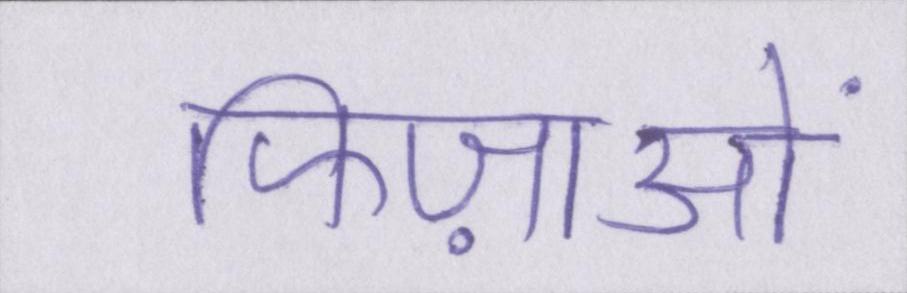
फिज़ाओं